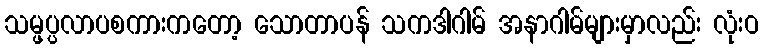
သမ္ဖပ္ပလာပစကားကတော့ သောတာပန် သကဒါဂါမ် အနာဂါမ်များမှာလည်း လုံးဝ